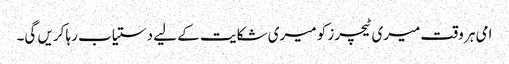
امی ہر وقت میری ٹیچرز کو میری شکایت کے لیے دستیاب رہا کریں گی۔